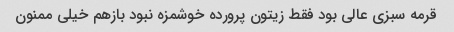
قرمه سبزی عالی بود فقط زیتون پرورده خوشمزه نبود بازهم خیلی ممنون